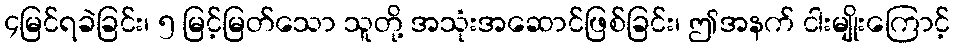
၄မြင်ရခဲခြင်း၊ ၅ မြင့်မြတ်သော သူတို့ အသုံးအဆောင်ဖြစ်ခြင်း၊ ဤအနက် ငါးမျိုးကြောင့်